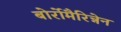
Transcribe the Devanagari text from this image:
बोर्रोमैरिन्नेन